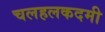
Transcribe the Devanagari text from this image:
चलहलकदमी